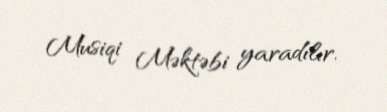
Musiqi Məktəbi yaradılır.